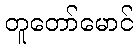
တူတော်မောင်